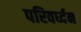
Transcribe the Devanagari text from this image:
परिवर्ध्दन